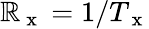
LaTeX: \mathbb{R}_{\mathrm{{~x~}}}=1/T_{\mathrm{{~x~}}}